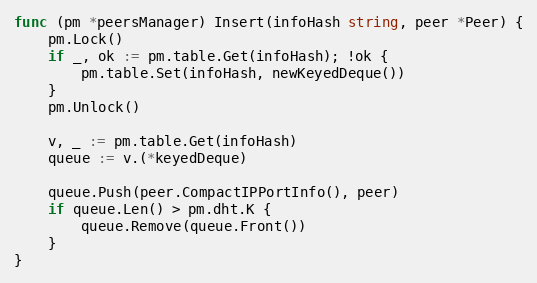
Language: Go
func (pm *peersManager) Insert(infoHash string, peer *Peer) {
	pm.Lock()
	if _, ok := pm.table.Get(infoHash); !ok {
		pm.table.Set(infoHash, newKeyedDeque())
	}
	pm.Unlock()

	v, _ := pm.table.Get(infoHash)
	queue := v.(*keyedDeque)

	queue.Push(peer.CompactIPPortInfo(), peer)
	if queue.Len() > pm.dht.K {
		queue.Remove(queue.Front())
	}
}